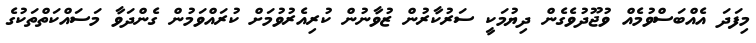
މިފަދަ އެއްބަސްވުމެއް ވުޖޫދުވެގެން ދިޔުމަކީ ސަރުކާރުން ޒުވާނުން ކުރިއެރުވުމަށް ކުރައްވަމުން ގެންދަވާ މަސައްކަތްތަކުގެ